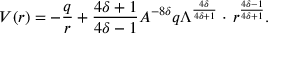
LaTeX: V ( r ) = - \frac { q } { r } + \frac { 4 \delta + 1 } { 4 \delta - 1 } A ^ { - 8 \delta } q \Lambda ^ { \frac { 4 \delta } { 4 \delta + 1 } } \cdot \, r ^ { \frac { 4 \delta - 1 } { 4 \delta + 1 } } .